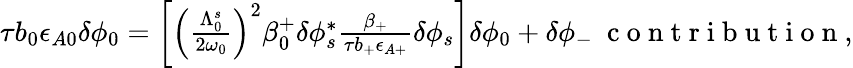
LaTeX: \begin{array}{r}{\tau b_{0}\epsilon_{A0}\delta\phi_{0}=\left[\left(\frac{\Lambda_{0}^{s}}{2\omega_{0}}\right)^{2}\beta_{0}^{+}\delta\phi_{s}^{*}\frac{\beta_{+}}{\tau b_{+}\epsilon_{A+}}\delta\phi_{s}\right]\delta\phi_{0}+\delta\phi_{-}\ \mathrm{~c~o~n~t~r~i~b~u~t~i~o~n~},}\end{array}